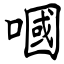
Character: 嘓